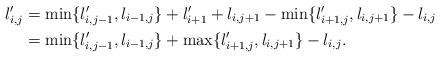
LaTeX: \begin{align*}l'_{i,j}&=\min \{l'_{i,j-1},l_{i-1,j} \}+l'_{i+1}+l_{i,j+1}-\min \{l'_{i+1,j},l_{i,j+1} \}-l_{i,j}\\& =\min \{l'_{i,j-1},l_{i-1,j} \}+\max \{l'_{i+1,j},l_{i,j+1} \}-l_{i,j}.\end{align*}